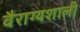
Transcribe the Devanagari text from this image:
वैराग्यशाली